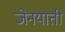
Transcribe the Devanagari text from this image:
जेनयाती